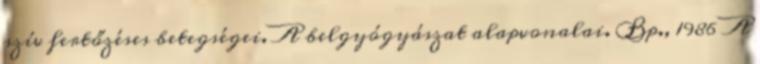
szív fertőzéses betegségei. A belgyógyászat alapvonalai. Bp., 1986 A